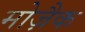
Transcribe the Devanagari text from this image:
मोज़ैक